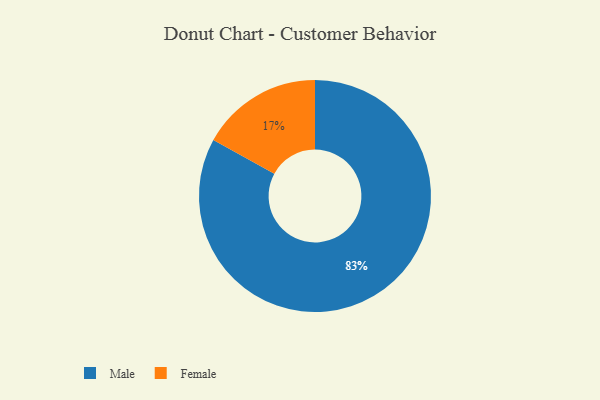
{"axis": {"x": "Category", "y": "Percentage"}, "legend": ["Female", "Male"], "data": [{"x": "Male", "y": 83, "type": "Male"}, {"x": "Female", "y": 17, "type": "Female"}]}